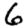
Digit: 6